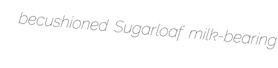
becushioned Sugarloaf milk-bearing